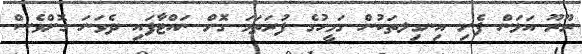
ރޫރޫ އަޅަން ފެށި އިނގިލތަކުން ގަމީހުގެ ފުރަތަމަ ގޮށް ނައްޓާފައި ދެވަނަ ގޮށްވެސް